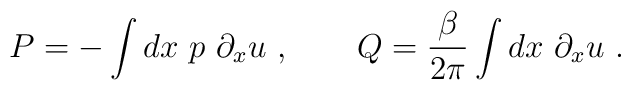
P = - \int dx\ p\ \partial_x u\ , \qquad    Q = {\beta\over2\pi} \int dx\ \partial_x u\ .